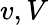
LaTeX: v,V